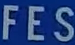
FES